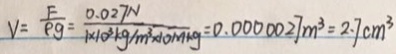
V = \frac { F } { \rho g } = \frac { 0 . 0 2 7 N } { 1 \times 1 0 ^ { 3 } k g / m ^ { 3 } \times 1 0 N / k g } = 0 . 0 0 0 0 0 2 7 m ^ { 3 } = 2 . 7 c m ^ { 3 }